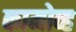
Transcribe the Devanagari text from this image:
कामोव्ह